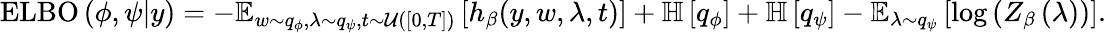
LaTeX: \begin{array}{r}{\operatorname{ELBO}\left(\phi,\psi\vert y\right)=-\operatorname{\mathbb{E}}_{w\sim q_{\phi},\lambda\sim q_{\psi},t\sim\mathcal{U}([0,T])}\left[h_{\beta}(y,w,\lambda,t)\right]+\mathbb{H}\left[q_{\phi}\right]+\mathbb{H}\left[q_{\psi}\right]-\mathbb{E}_{\lambda\sim q_{\psi}}\left[\log\left(Z_{\beta}\left(\lambda\right)\right)\right].}\end{array}